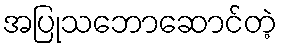
အပြုသဘောဆောင်တဲ့